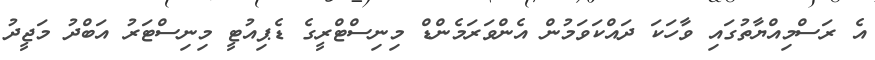
އެ ރަސްމިއްޔާތުގައި ވާހަކަ ދައްކަވަމުން އެންވަރަމެންޑް މިނިސްޓްރީގެ ޑެޕިއުޓީ މިނިސްޓަރު އަބްދު މަޖީދު